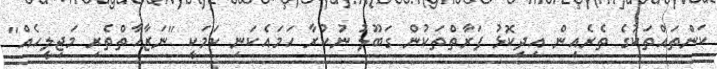
ކަންތައްތަކުގެ ތެރެއިން އިދިކޮޅު ފަރާތްތަކުން ގަބޫލު ނުކުރާ ހަމައެކަނި ކަމަކީ ''ނަޒާހާތްތެރި މަޖިލީހެއް''